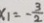
x _ { 1 } = - \frac { 3 } { 2 }